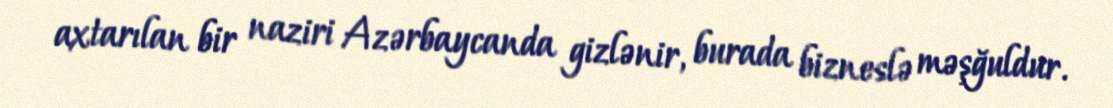
axtarılan bir naziri Azərbaycanda gizlənir, burada bizneslə məşğuldur.